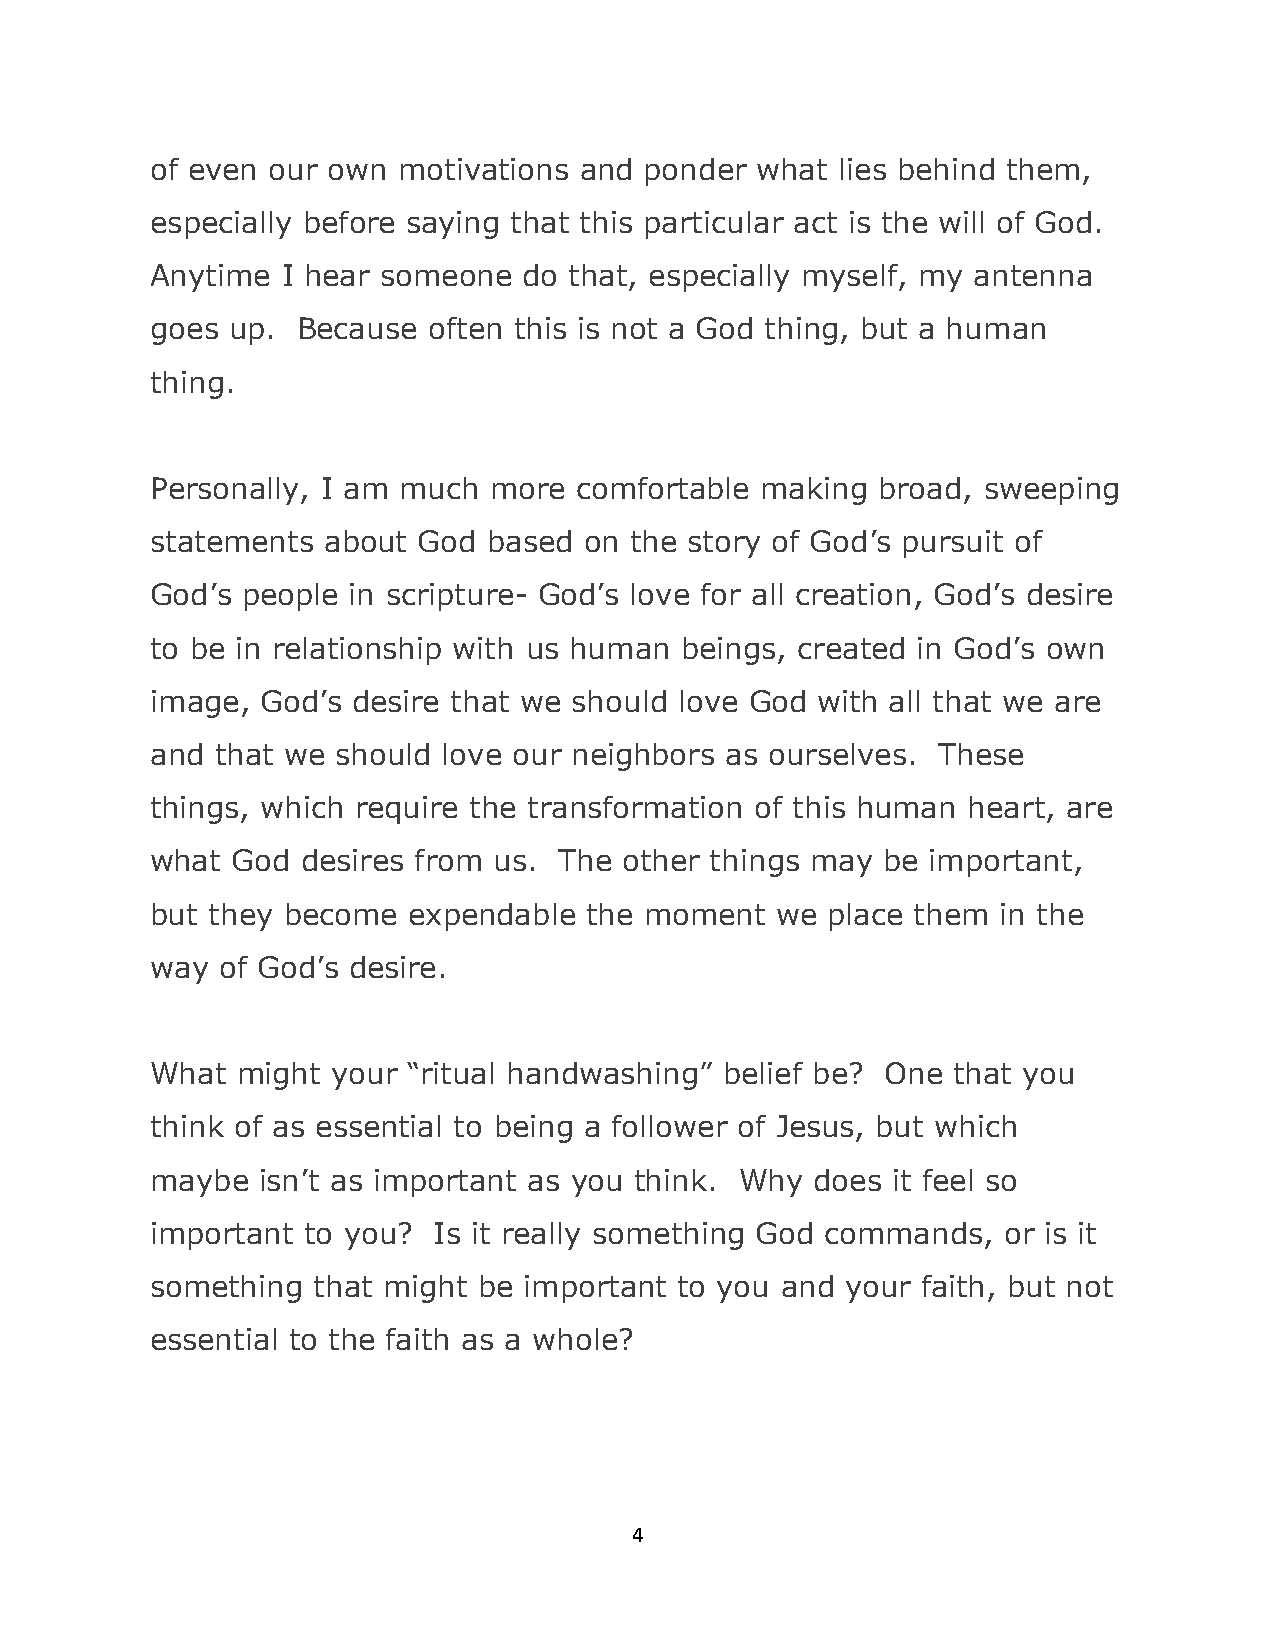
of even our own motivations and  ponder what  lies behind them,
 especially before saying that this particular act is the will of God.
 Anytime  I hear someone  do that, especially myself, my antenna
 goes up.  Because often this is not a God thing, but a human
 thing.
 Personally, I am much more  comfortable making  broad, sweeping
 statements about  God based  on the story of God’s pursuit of
 God’s people in scripture- God’s love for all creation, God’s desire
 to be in relationship with us human beings, created in God’s own
 image, God’s desire that we should love God with all that we are
 and that we should love our neighbors as ourselves. These
 things, which require the transformation of this human heart, are
 what God  desires from us. The other things may be  important,
 but they become  expendable  the moment  we  place them in the
 way  of God’s desire.
 What  might your “ritual handwashing” belief be? One that you
 think of as essential to being a follower of Jesus, but which
 maybe  isn’t as important as you think. Why does it feel so
 important to you?  Is it really something God commands, or is it
 something  that might be important to you and your faith, but not
 essential to the faith as a whole?
 4